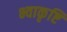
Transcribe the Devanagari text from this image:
भ्वाकृष्टि